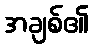
အချစ်၏